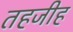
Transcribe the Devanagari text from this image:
तहजीह